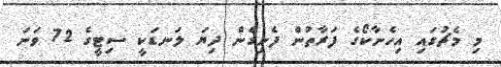
މި މެޗުގައި އިހެނާކޯގެ ފަރާތުން ފެނިގެން ދިޔަ ލަނޑަކީ ސިޓީގެ 72 ވަނަ